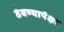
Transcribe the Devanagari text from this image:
ठेवण्यापेक्षा